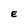
Character: E